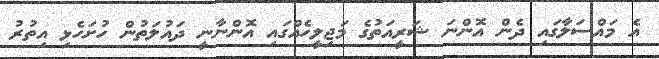
އެ މައްސަލާގައި ދެން އޮންނަ ޝަރީއަތުގެ މަޖިލީހެއްގައި އޮންނާނީ ދައުލަތުން ހުށަހެޅި އިތުރު